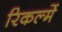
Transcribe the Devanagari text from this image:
रिकल्‍में